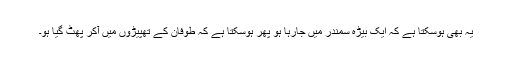
یہ بھی ہوسکتا ہے کہ ایک بیڑہ سمندر میں جارہا ہو پھر ہوسکتا ہے کہ طوفان کے تھپیڑوں میں آکر پھٹ گیا ہو۔